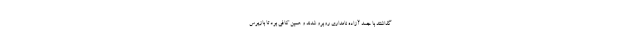
گذاشتند با جسد آزاده نامداری روبرو شدند و همین کافی بود تا بازپرس